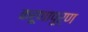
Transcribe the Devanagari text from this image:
करूणापूर्ण